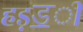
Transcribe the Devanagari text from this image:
हड़ॾी